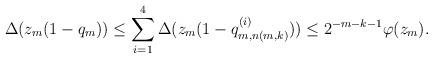
LaTeX: \begin{align*}\Delta(z_m(1-q_m))\leq\sum_{i=1}^4\Delta(z_m(1-q^{(i)}_{m,n(m,k)}))\leq2^{-m-k-1}\varphi(z_m). \end{align*}